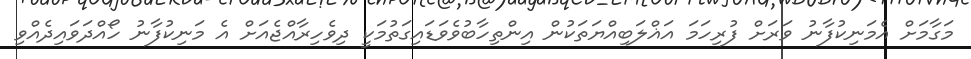
މަގާމަށް އެމަނިކުފާނު ވަރަށް ފުރިހަމަ އަޣްލަބިއްޔަތަކުން އިންތިހާބުވެވަޑައިގަތުމަކީ ދިވެހިރާއްޖެއަށް އެ މަނިކުފާނު ހޯއްދަވައިދެއްވި